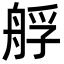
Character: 艀